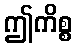
ဤကိစ္စ